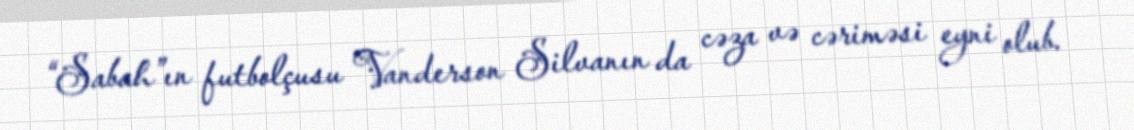
“Sabah”ın futbolçusu Vanderson Silvanın da cəza və cəriməsi eyni olub.